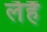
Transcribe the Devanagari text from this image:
लैहैं